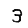
Digit: 3